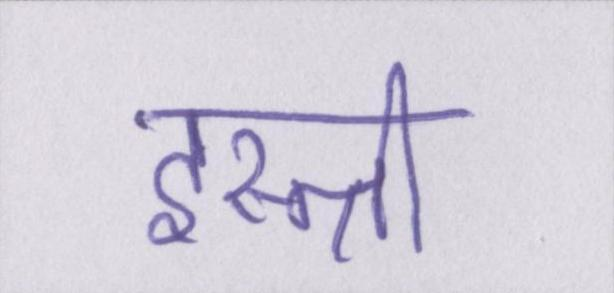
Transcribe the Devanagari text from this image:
इस्त्री